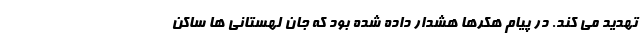
تهدید می کند. در پیام هکرها هشدار داده شده بود که جان لهستانی ها ساکن